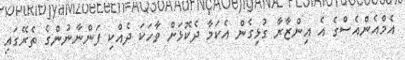
އެމްއެންއެސްގެ އެ އިންޒާރާ ގުޅިގެން އެކަމާ ދެކޮޅަށް ވާހަކަ ދެއްކި ފަންނާނުންގެ ތެރޭގައި